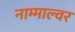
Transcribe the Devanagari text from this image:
नाम्माल्वर